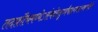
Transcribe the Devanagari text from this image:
तदाशौचमध्येऽसंभवेतदूर्ध्वंचप्रागब्दात्करणेज्ञेयं